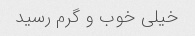
خیلی خوب و گرم رسید